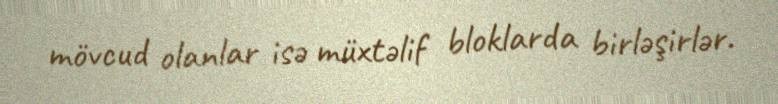
mövcud olanlar isə müxtəlif bloklarda birləşirlər.